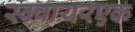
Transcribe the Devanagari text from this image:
स्क्वायरएक